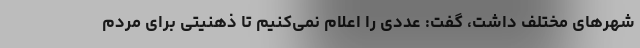
شهرهای مختلف داشت، گفت: عددی را اعلام نمی‌کنیم تا ذهنیتی برای مردم